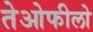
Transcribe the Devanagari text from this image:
तेओफीलो